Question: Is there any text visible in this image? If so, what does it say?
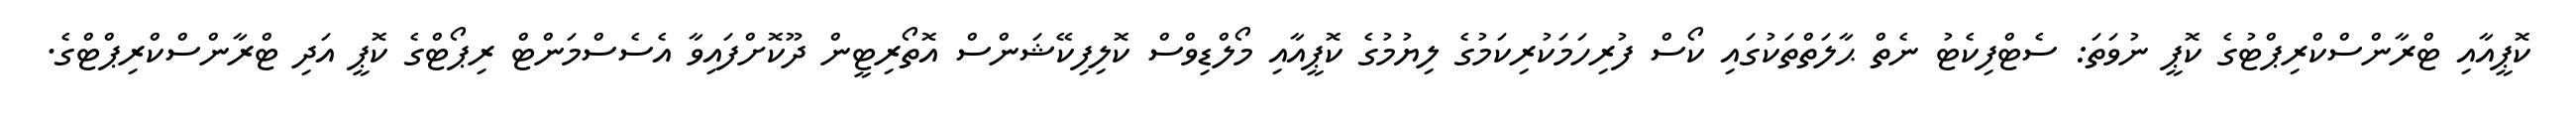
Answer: ކޮޕީއާއި ޓްރާންސްކްރިޕްޓުގެ ކޮޕީ ނުވަތަ: ސެޓްފިކެޓު ނެތް ޙާލަތްތަކުގައި ކޯސް ފުރިހަމަކުރިކަމުގެ ލިޔުމުގެ ކޮޕީއާއި މޯލްޑިވްސް ކޮލިފިކޭޝަންސް އޮތޯރިޓީން ދޫކޮށްފައިވާ އެސެސްމަންޓް ރިޕޯޓްގެ ކޮޕީ އަދި ޓްރާންސްކްރިޕްޓްގެ.